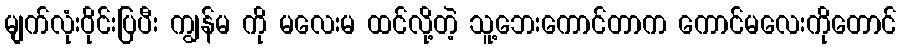
မျက်လုံးဝိုင်းပြပီး ကျွန်မ ကို မလေးမ ထင်လို့တဲ့ သူ့ဘေးကောင်တာက ကောင်မလေးကိုတောင်